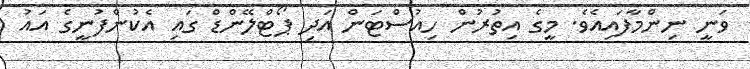
ވަނީ ނިންމާފައިއެވެ. މީގެ އިތުރުން ހިއުސްޓަން އަދި ޕޯޓްލޭންޑް ގައި އެކުންފުނީގެ އައު